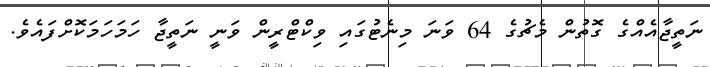
ނަތީޖާއެއްގެ ގޮތުން މެޗުގެ 64 ވަނަ މިނެޓުގައި ވިކްޓްރީން ވަނީ ނަތީޖާ ހަމަހަމަކޮށްފައެވެ.